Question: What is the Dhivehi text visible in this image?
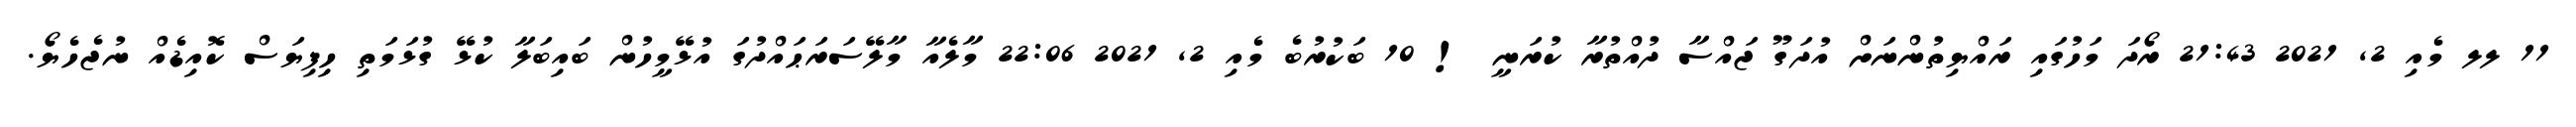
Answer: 11 ލލ މެއި 2, 2021 21:43 ރޯދަ މަހުގައި ރައްޔިތުންނަށް އުދަގޫ ޖައްސާ ދުއްތުރާ ކުރަނީ ! 10 ބަކުރުބެ މެއި 2, 2021 22:06 މާލެއާ މާލޭސަރަޙައްދުގަ އުޅޭމީހުން ބައިބަލާ ކުޅޭ ގުޅަމަތި ހިފިޔަސް ކޮއިޑެއް ނުޖެހެޔޯ.